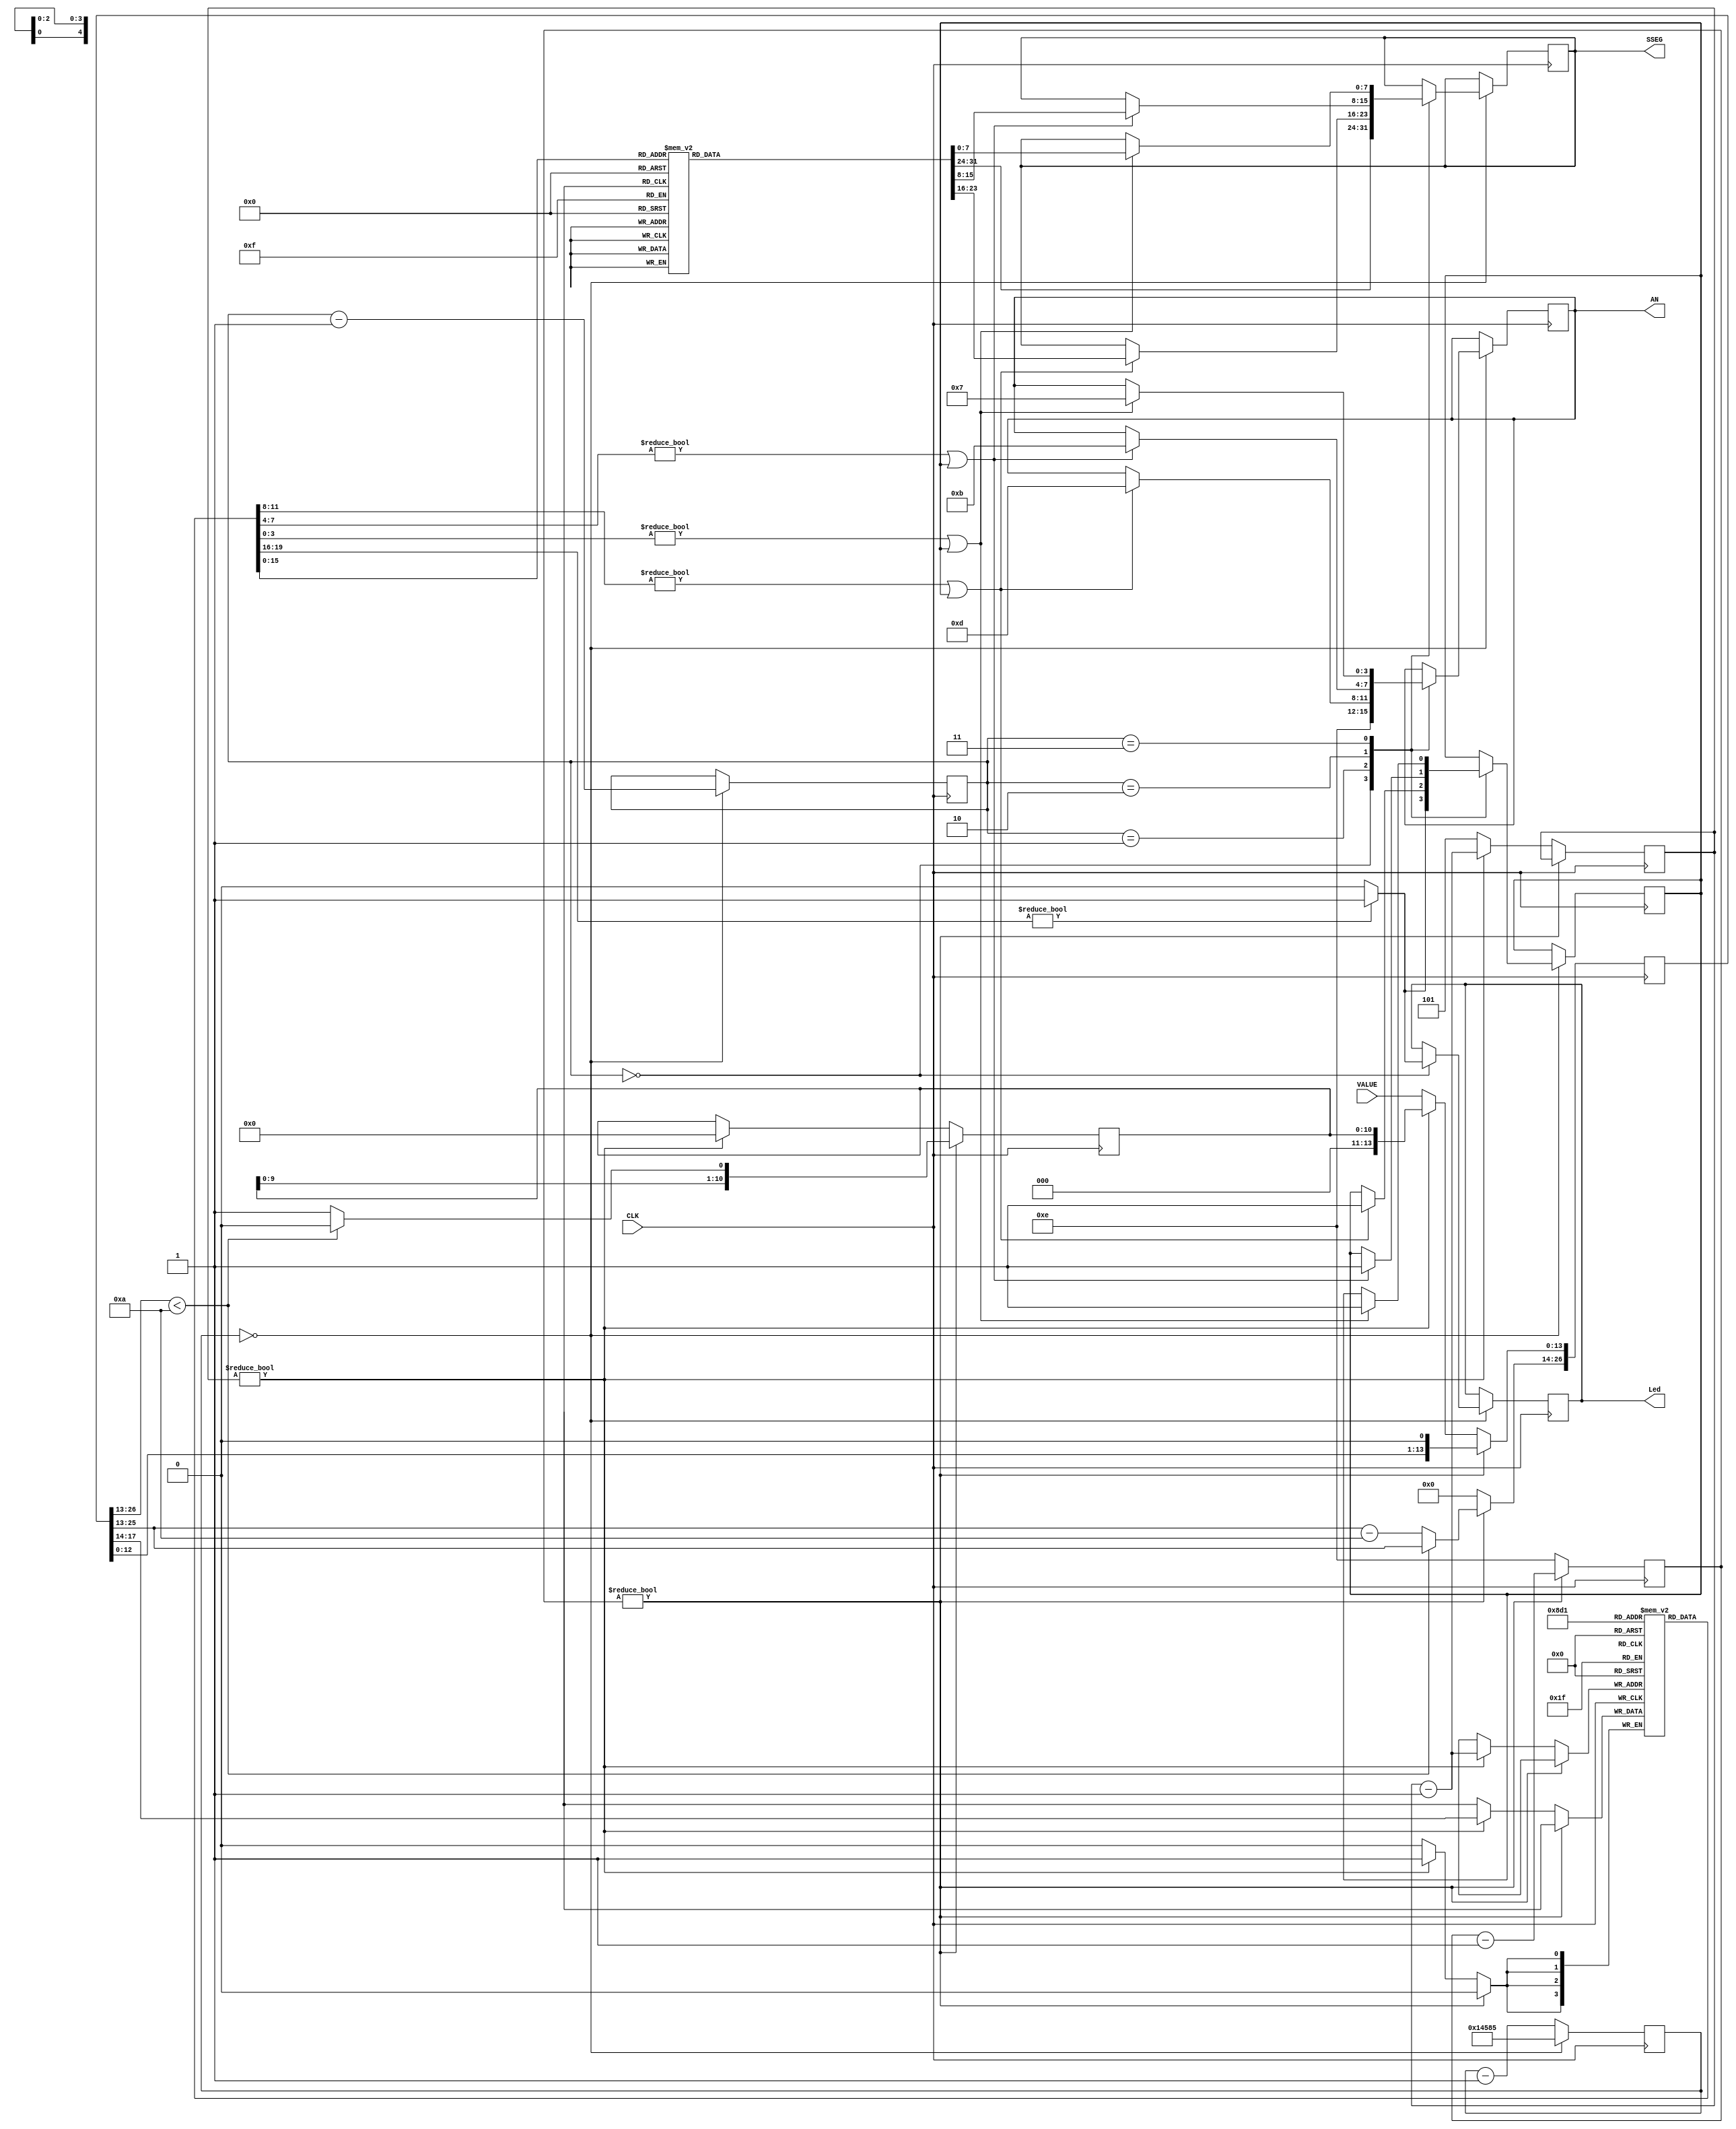
module Dec7Seg 
	#(parameter CLK_FREQ=20_000_000)(
	input wire CLK,
	input wire [13:0]VALUE,
	output reg Led=0,
	output reg [3:0]AN=0,
	output reg [7:0]SSEG=8'hFF);
	
	localparam Prescaler= (CLK_FREQ/240);
	
	reg [3:0]Digit[0:4];
	
	reg [2:0]DGCounter=0;	//Digits 0 to 4
	reg [3:0]SHCounter=0;	//Shifts 13 to 0
	reg [10:0]Quotient=0;
	reg [26:0]Shift=0;
	
	always @(posedge CLK)begin
		if (SHCounter)begin
			SHCounter<=SHCounter-1;
			if (Shift[26:13]<14'd10)begin
				Quotient<={Quotient[9:0],1'b0};
				Shift<={Shift[25:0],1'b0};
			end
			else begin
				Quotient<={Quotient[9:0],1'b1};
				Shift[26:14]<=(Shift[26:13]-14'd10);
				Shift[13:0]<={Shift[12:0],1'b0};
			end
		end
		else begin
			SHCounter<=14;
			if (DGCounter)begin
				DGCounter<=DGCounter-1;
				Digit[DGCounter-1]<=Shift[17:14];
				Shift<={16'h0,Quotient};
				Quotient<=0;
			end
			else begin
				DGCounter<=5;
				Shift<={13'h0,VALUE};
			end
		end
	end
	
	reg [7:0]Cathode[0:9];
	initial begin
		Cathode[0]=8'b00000011;
		Cathode[1]=8'b10011111;
		Cathode[2]=8'b00100101;
		Cathode[3]=8'b00001101;
		Cathode[4]=8'b10011001;
		Cathode[5]=8'b01001001;
		Cathode[6]=8'b01000001;
		Cathode[7]=8'b00011111;
		Cathode[8]=8'b00000001;
		Cathode[9]=8'b00001001;
	end

	reg [$clog2(Prescaler)-1:0]PRE=0;
	reg [1:0]STM=0;
	reg ZeroFill=0;
	always @(posedge CLK)begin
		if (PRE==0)begin
			PRE<=Prescaler;
			STM<=STM-1;
			case (STM)
				0:begin
					if (Digit[0]) begin
						Led<=1;
						ZeroFill<=1;
					end
					else begin
						Led<=0;
						ZeroFill<=0;
					end
					AN<=4'b1110;
					SSEG<=Cathode[Digit[4]];			//UNITS
				end
				1:begin
					if (Digit[3]!=0 || ZeroFill) begin
						ZeroFill<=1;
						AN<=4'b1101;
						SSEG<=Cathode[Digit[3]];		//TENS
					end
				end
				2:begin
					if (Digit[2]!=0 || ZeroFill) begin
						ZeroFill<=1;
						AN<=4'b1011;
						SSEG<=Cathode[Digit[2]];		//HUNDREDS
					end
				end
				3:begin
					if (Digit[1]!=0 || ZeroFill) begin
						ZeroFill<=1;
						AN<=4'b0111;
						SSEG<=Cathode[Digit[1]];		//THOUSANDS
					end
				end
			endcase
		end
		else begin
			PRE<=PRE-1;
		end
	end
endmodule